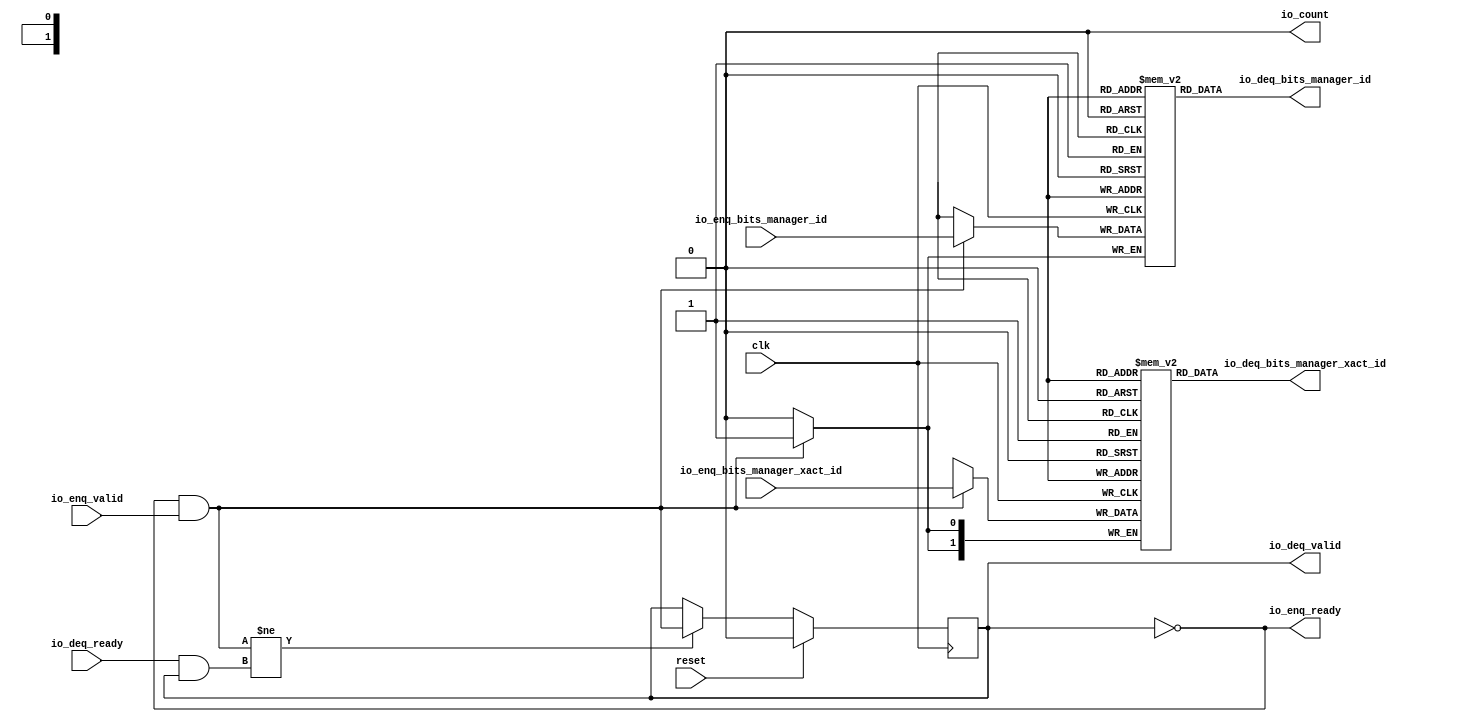
module FinishQueue(
  input   clk,
  input   reset,
  output  io_enq_ready,
  input   io_enq_valid,
  input  [1:0] io_enq_bits_manager_xact_id,
  input   io_enq_bits_manager_id,
  input   io_deq_ready,
  output  io_deq_valid,
  output [1:0] io_deq_bits_manager_xact_id,
  output  io_deq_bits_manager_id,
  output  io_count
);
  reg [1:0] ram_manager_xact_id [0:0];
  reg [31:0] GEN_0;
  wire [1:0] ram_manager_xact_id_T_254_data;
  wire  ram_manager_xact_id_T_254_addr;
  wire  ram_manager_xact_id_T_254_en;
  wire [1:0] ram_manager_xact_id_T_224_data;
  wire  ram_manager_xact_id_T_224_addr;
  wire  ram_manager_xact_id_T_224_mask;
  wire  ram_manager_xact_id_T_224_en;
  reg  ram_manager_id [0:0];
  reg [31:0] GEN_1;
  wire  ram_manager_id_T_254_data;
  wire  ram_manager_id_T_254_addr;
  wire  ram_manager_id_T_254_en;
  wire  ram_manager_id_T_224_data;
  wire  ram_manager_id_T_224_addr;
  wire  ram_manager_id_T_224_mask;
  wire  ram_manager_id_T_224_en;
  reg  maybe_full;
  reg [31:0] GEN_2;
  wire  T_221;
  wire  T_222;
  wire  do_enq;
  wire  T_223;
  wire  do_deq;
  wire  T_249;
  wire  GEN_7;
  wire  T_251;
  wire [1:0] T_277;
  wire  ptr_diff;
  wire [1:0] T_279;
  assign io_enq_ready = T_221;
  assign io_deq_valid = T_251;
  assign io_deq_bits_manager_xact_id = ram_manager_xact_id_T_254_data;
  assign io_deq_bits_manager_id = ram_manager_id_T_254_data;
  assign io_count = T_279[0];
  assign ram_manager_xact_id_T_254_addr = 1'h0;
  assign ram_manager_xact_id_T_254_en = 1'h1;
  assign ram_manager_xact_id_T_254_data = ram_manager_xact_id[ram_manager_xact_id_T_254_addr];
  assign ram_manager_xact_id_T_224_data = io_enq_bits_manager_xact_id;
  assign ram_manager_xact_id_T_224_addr = 1'h0;
  assign ram_manager_xact_id_T_224_mask = do_enq;
  assign ram_manager_xact_id_T_224_en = do_enq;
  assign ram_manager_id_T_254_addr = 1'h0;
  assign ram_manager_id_T_254_en = 1'h1;
  assign ram_manager_id_T_254_data = ram_manager_id[ram_manager_id_T_254_addr];
  assign ram_manager_id_T_224_data = io_enq_bits_manager_id;
  assign ram_manager_id_T_224_addr = 1'h0;
  assign ram_manager_id_T_224_mask = do_enq;
  assign ram_manager_id_T_224_en = do_enq;
  assign T_221 = maybe_full == 1'h0;
  assign T_222 = io_enq_ready & io_enq_valid;
  assign do_enq = T_222;
  assign T_223 = io_deq_ready & io_deq_valid;
  assign do_deq = T_223;
  assign T_249 = do_enq != do_deq;
  assign GEN_7 = T_249 ? do_enq : maybe_full;
  assign T_251 = T_221 == 1'h0;
  assign T_277 = 1'h0 - 1'h0;
  assign ptr_diff = T_277[0:0];
  assign T_279 = {maybe_full,ptr_diff};
`ifdef RANDOMIZE
  integer initvar;
  initial begin
    `ifndef verilator
      #0.002;
    `endif
  GEN_0 = {1{$random}};
  `ifdef RANDOMIZE
  for (initvar = 0; initvar < 1; initvar = initvar+1)
    ram_manager_xact_id[initvar] = GEN_0[1:0];
  `endif
  GEN_1 = {1{$random}};
  `ifdef RANDOMIZE
  for (initvar = 0; initvar < 1; initvar = initvar+1)
    ram_manager_id[initvar] = GEN_1[0:0];
  `endif
  `ifdef RANDOMIZE
  GEN_2 = {1{$random}};
  maybe_full = GEN_2[0:0];
  `endif
  end
`endif
  always @(posedge clk) begin
    if(ram_manager_xact_id_T_224_en & ram_manager_xact_id_T_224_mask) begin
      ram_manager_xact_id[ram_manager_xact_id_T_224_addr] <= ram_manager_xact_id_T_224_data;
    end
    if(ram_manager_id_T_224_en & ram_manager_id_T_224_mask) begin
      ram_manager_id[ram_manager_id_T_224_addr] <= ram_manager_id_T_224_data;
    end
    if(reset) begin
      maybe_full <= 1'h0;
    end else begin
      if(T_249) begin
        maybe_full <= do_enq;
      end
    end
  end
endmodule